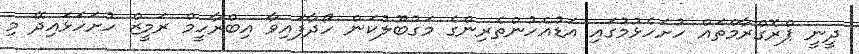
ދީނީ ޕްރޮގްރާމްތައް ހުށަހެޅުމުގައި އަޑުއެހުންތެރިންގެ މަގުބޫލުކަން ހޯދާފައިވާ އިބްރާހީމް ރަމީޒް ހުށަހަޅައިދޭ މި